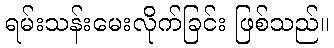
ရမ်းသန်းမေးလိုက်ခြင်း ဖြစ်သည်။